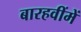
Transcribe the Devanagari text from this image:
बारहवींमें